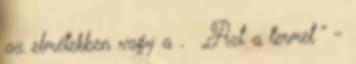
az elmétekben vagy a . „Azt a termet ” -